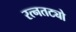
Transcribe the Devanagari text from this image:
रत्नतट्यो